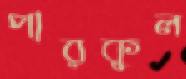
পারকুল